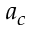
a _ { c }